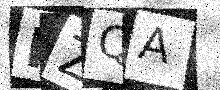
Text: HZQA